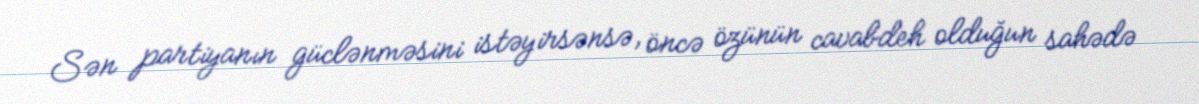
Sən partiyanın güclənməsini istəyirsənsə, öncə özünün cavabdeh olduğun sahədə